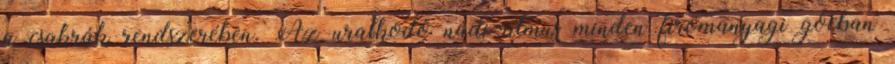
a csakrák rendszerében. Az uralkodó nádi-ritmus minden firomanyagi gócban